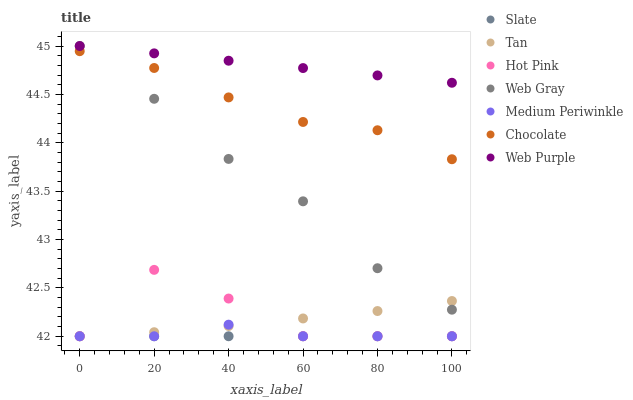
| xaxis_label | Slate | Tan | Hot Pink | Web Gray | Medium Periwinkle | Chocolate | Web Purple |
 | --- | --- | --- | --- | --- | --- | --- | --- |
 | 0 | 42 | 42 | 42 | 45 | 42 | 44.9 | 45 |
 | 20 | 42 | 42 | 42.7 | 44.5 | 42 | 44.8 | 44.9 |
 | 40 | 42 | 42.1 | 42.4 | 43.8 | 42.1 | 44.5 | 44.8 |
 | 60 | 42 | 42.2 | 42 | 43.4 | 42 | 44.2 | 44.8 |
 | 80 | 42 | 42.3 | 42 | 42.7 | 42 | 44.1 | 44.7 |
 | 100 | 42 | 42.4 | 42 | 42.3 | 42 | 43.8 | 44.6 |